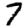
Digit: 7